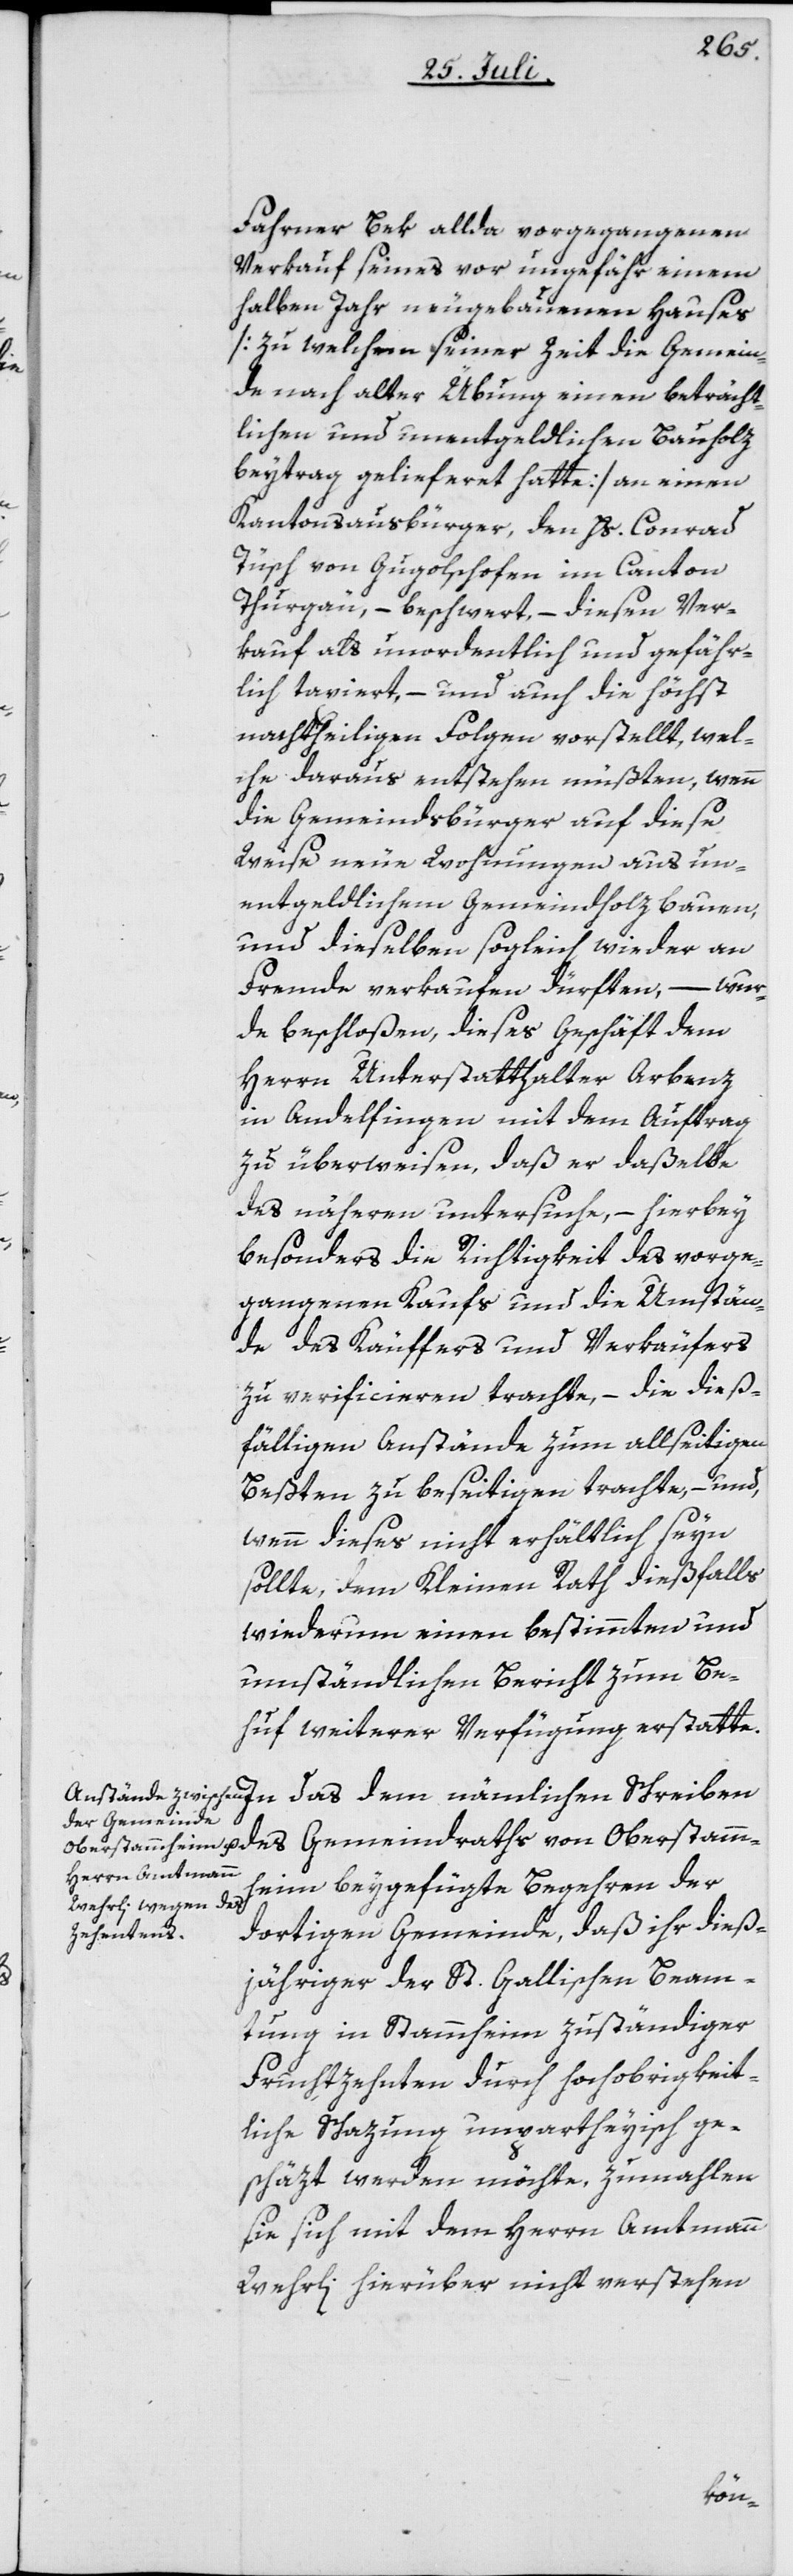
ths
Fahrner Bek allda vorgegangenen
Verkauf seines vor ungefähr einem
halben Jahr neugebauenen Hauses
[zu welchem seiner Zeit die Gemein¬
de nach alter Übung einen beträcht¬
lichen und unentgeldlichen Bauholz¬
beytrag gelieferet hatte] an einen
Kantonsausbürger, den Hs. Conrad
Tüsch von Gugolschofen im Canton
Thurgäu, – beschwert, – diesen Ver¬
kauf als unordentlich und gefähr¬
lich taxiert, – und auch die höchst
nachtheiligen Folgen vorstellt, wel¬
che daraus entstehen müßten, wenn
die Gemeindsbürger auf diese
Weise neue Wohnungen aus un¬
entgeldlichem Gemeindholz bauen,
und dieselben sogleich wieder an
Fremde verkaufen dürften, – wur¬
de beschloßen, dieses Geschäft dem
Herrn Unterstatthalter Arbenz
in Andelfingen mit dem Auftrag
zu überweisen, daß er daßelbe
des näheren untersuchen, – hierbey
besonders die Richtigkeit des vorge¬
gangenen Kaufs und die Umstän¬
de des Käuffers und Verkäufers
zu verficieren trachte, – die dieß¬
fälligen Anstände zum allseitigen
Beßten zu beseitigen trachte, – und,
wenn dieses nicht erhältlich seyn
sollte, dem Kleinen Rath dießfalls
wiederum einen bestimmten und
umständlichen Bericht zum Be¬
huf weiterer Verfügung erstatte.
das dem nämlichen Schreiben
des Gemeindra¬
dortigen Gemeinde, daß ihr dieß¬
jähriger der St. Gallischen Beam¬
tung in Stammheim zuständiger
Fruchtzehnten durch hochobrigkeit¬
liche Schazung unpartheyisch ge¬
schäzt werden möchte, zumahlen
sie sich mit dem Herrn Amtmann
Wehrli hierüber nicht verstehen